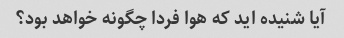
آیا شنیده اید که هوا فردا چگونه خواهد بود؟